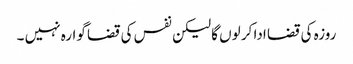
روزہ کی قضا ادا کر لوں گا لیکن نفس کی قضا گوارہ نہیں ۔